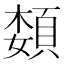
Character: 𫖟